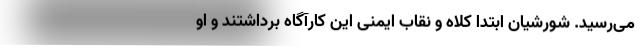
می‌رسید. شورشیان ابتدا کلاه و نقاب ایمنی این کارآگاه برداشتند و او